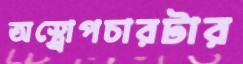
অস্ত্রোপচারটার